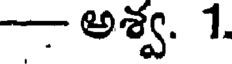
-అశ్వ. 1